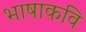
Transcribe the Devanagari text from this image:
भाषाकवि